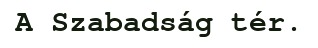
A Szabadság tér.